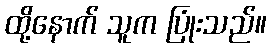
ထို့နောက် သူက ပြုံးသည်။